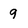
Character: 9